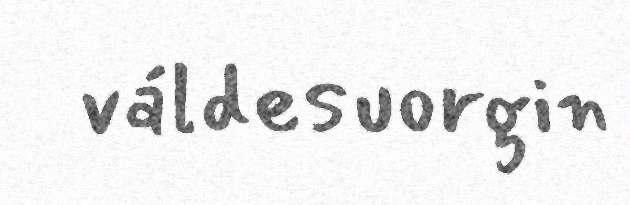
váldesuorgin